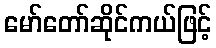
မော်တော်ဆိုင်ကယ်ဖြင့်